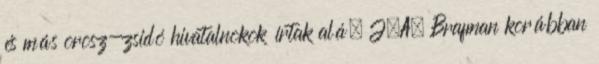
és más orosz-zsidó hivatalnokok írtak alá. J.A. Brafman korábban